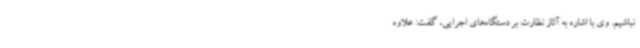
نباشیم. وی با اشاره به آثاز نظارت بر دستگاه‌های اجرایی، گفت: علاوه